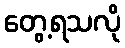
တွေ့ရသလို